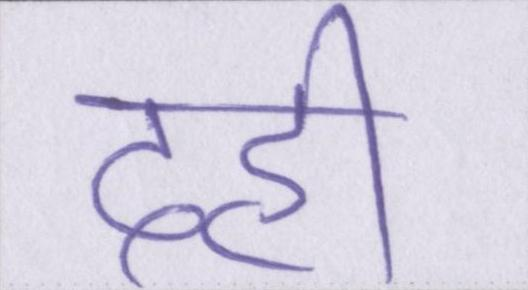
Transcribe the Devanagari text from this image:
दही